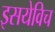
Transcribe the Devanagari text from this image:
इसयेविच